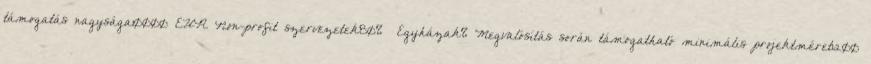
támogatás nagysága10000 EUR▪Non-profit szervezetek80% ▪Egyházak%▪Megvalósítás során támogatható minimális projektméret1200